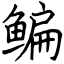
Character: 鳊